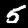
Label: 5